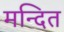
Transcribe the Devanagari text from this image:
मन्दित